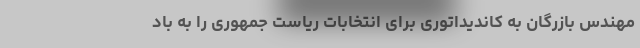
مهندس بازرگان به کاندیداتوری برای انتخابات ریاست جمهوری را به باد